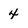
Character: 4